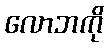
လောဘကို